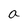
Character: a